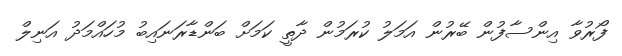
ފޯރުވާ އިންސާފުން ބޭރުން އަމަލު ކުރަމުން ދާތީ ކަމަށް ބަންޑާރަނައިބު މުހައްމަދު އަނިލް